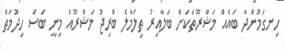
ހިނގަމުންދާ ބައެއް މަޝްރޫތަކަށް ބަލާއިރު ތިލަމާލެ ބްރިޖު މަޝްރޫއު މިނީ ބަސް ހިދުމަތް